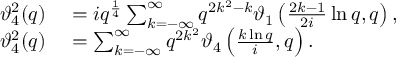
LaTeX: \begin{array} { r l } { \vartheta _ { 4 } ^ { 2 } ( q ) } & { { } = i q ^ { \frac { 1 } { 4 } } \sum _ { k = - \infty } ^ { \infty } q ^ { 2 k ^ { 2 } - k } \vartheta _ { 1 } \left( { \frac { 2 k - 1 } { 2 i } } \ln q , q \right) , } \\ { \vartheta _ { 4 } ^ { 2 } ( q ) } & { { } = \sum _ { k = - \infty } ^ { \infty } q ^ { 2 k ^ { 2 } } \vartheta _ { 4 } \left( { \frac { k \ln q } { i } } , q \right) . } \end{array}